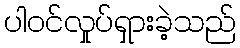
ပါဝင်လှုပ်ရှားခဲ့သည်